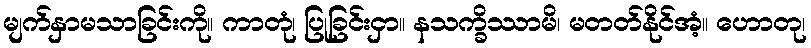
မျက်နှာမသာခြင်းကို။ ကာတုံ၊ ပြုခြင်းငှာ။ နသက္ခိဿာမိ၊ မတတ်နိုင်အံ့။ ဟောတု၊